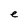
Character: e